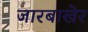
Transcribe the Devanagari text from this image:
जारबाखेर